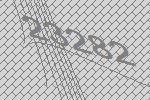
23282